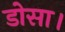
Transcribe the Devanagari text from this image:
डोसा।